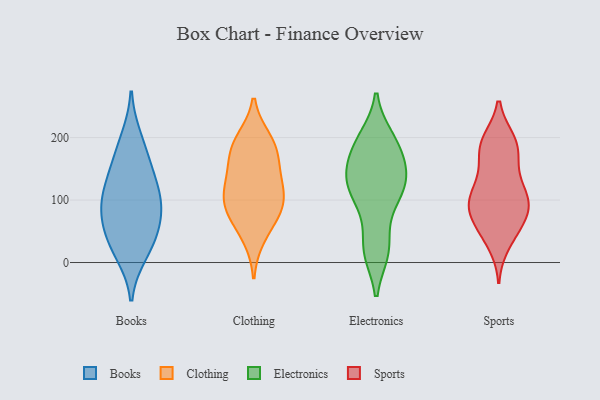
{"axis": {"x": "Satisfaction Score", "y": "Value"}, "legend": ["Books", "Clothing", "Electronics", "Sports"], "data": [{"x": "", "y": 145, "type": "Books"}, {"x": "", "y": 105, "type": "Books"}, {"x": "", "y": 166, "type": "Books"}, {"x": "", "y": 85, "type": "Books"}, {"x": "", "y": 56, "type": "Books"}, {"x": "", "y": 15, "type": "Books"}, {"x": "", "y": 117, "type": "Books"}, {"x": "", "y": 26, "type": "Books"}, {"x": "", "y": 94, "type": "Books"}, {"x": "", "y": 198, "type": "Books"}, {"x": "", "y": 53, "type": "Books"}, {"x": "", "y": 119, "type": "Clothing"}, {"x": "", "y": 196, "type": "Clothing"}, {"x": "", "y": 86, "type": "Clothing"}, {"x": "", "y": 183, "type": "Clothing"}, {"x": "", "y": 80, "type": "Clothing"}, {"x": "", "y": 84, "type": "Clothing"}, {"x": "", "y": 41, "type": "Clothing"}, {"x": "", "y": 156, "type": "Clothing"}, {"x": "", "y": 132, "type": "Clothing"}, {"x": "", "y": 110, "type": "Clothing"}, {"x": "", "y": 185, "type": "Clothing"}, {"x": "", "y": 112, "type": "Electronics"}, {"x": "", "y": 113, "type": "Electronics"}, {"x": "", "y": 162, "type": "Electronics"}, {"x": "", "y": 193, "type": "Electronics"}, {"x": "", "y": 199, "type": "Electronics"}, {"x": "", "y": 19, "type": "Electronics"}, {"x": "", "y": 79, "type": "Electronics"}, {"x": "", "y": 167, "type": "Electronics"}, {"x": "", "y": 131, "type": "Electronics"}, {"x": "", "y": 149, "type": "Electronics"}, {"x": "", "y": 18, "type": "Electronics"}, {"x": "", "y": 123, "type": "Electronics"}, {"x": "", "y": 126, "type": "Electronics"}, {"x": "", "y": 22, "type": "Electronics"}, {"x": "", "y": 194, "type": "Electronics"}, {"x": "", "y": 101, "type": "Sports"}, {"x": "", "y": 194, "type": "Sports"}, {"x": "", "y": 67, "type": "Sports"}, {"x": "", "y": 195, "type": "Sports"}, {"x": "", "y": 116, "type": "Sports"}, {"x": "", "y": 92, "type": "Sports"}, {"x": "", "y": 81, "type": "Sports"}, {"x": "", "y": 116, "type": "Sports"}, {"x": "", "y": 95, "type": "Sports"}, {"x": "", "y": 192, "type": "Sports"}, {"x": "", "y": 80, "type": "Sports"}, {"x": "", "y": 157, "type": "Sports"}, {"x": "", "y": 175, "type": "Sports"}, {"x": "", "y": 53, "type": "Sports"}, {"x": "", "y": 184, "type": "Sports"}, {"x": "", "y": 45, "type": "Sports"}, {"x": "", "y": 94, "type": "Sports"}, {"x": "", "y": 30, "type": "Sports"}, {"x": "", "y": 133, "type": "Sports"}]}